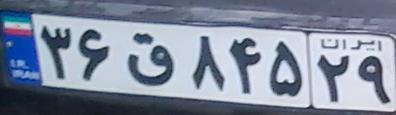
۳۶ق۸۴۵۲۹